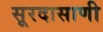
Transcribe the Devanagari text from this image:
सूरदासाणी